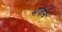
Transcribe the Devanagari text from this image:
भावावें